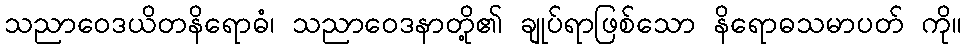
သညာဝေဒယိတနိရောဓံ၊ သညာဝေဒနာတို့၏ ချုပ်ရာဖြစ်သော နိရောဓသမာပတ် ကို။